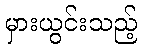
မှားယွင်းသည့်